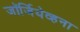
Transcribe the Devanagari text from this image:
जॉर्जियेव्हना